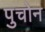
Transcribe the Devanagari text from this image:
पुचोन